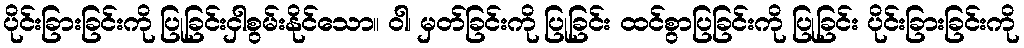
ပိုင်းခြားခြင်းကို ပြုခြင်းငှါစွမ်းနိုင်သော။ ဝါ၊ မှတ်ခြင်းကို ပြုခြင်း ထင်စွာပြခြင်းကို ပြုခြင်း ပိုင်းခြားခြင်းကို